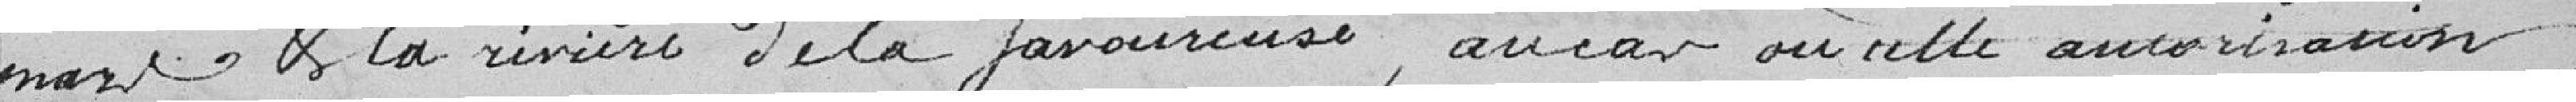
Mars et la rivière de la Savoureuse, au cas où cette autorisation